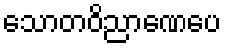
သောတဝိညာဏေပေ